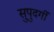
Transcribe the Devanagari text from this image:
सुपुदर्गी